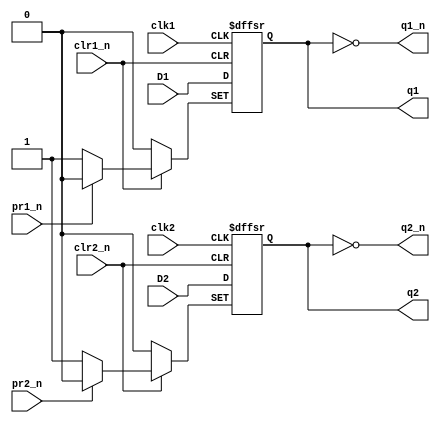
`timescale 1ns / 1ps
/////////////////////////////////////////////////////////////////
// Module Name: d_flipflop_set_reset
// Description: Dual D-Type Positive-edge-triggered Flip-Flops with Preset, Clear and DELAY configuration parameter
// Parameters: DELAY
/////////////////////////////////////////////////////////////////

module d_flipflop_set_reset #(parameter DELAY = 10)(
    input wire clk1,pr1_n,clr1_n,D1,
    input wire clk2,pr2_n,clr2_n,D2,
    output wire q1,
    output wire q1_n,
    output wire q2,
    output wire q2_n
    );
    
	reg q1_reg;
	reg q2_reg;
	
    always@(posedge clk1,negedge pr1_n,negedge clr1_n)
        if(pr1_n == 0)
            q1_reg <= 1;
        else if(clr1_n == 0)
            q1_reg <= 0;
        else
            q1_reg <= D1;
    
    always@(posedge clk2,negedge pr2_n,negedge clr2_n)
        if(pr2_n == 0)
            q2_reg <= 1;
        else if(clr2_n == 0)
            q2_reg <= 0;
        else
            q2_reg <= D2;
    
	assign #DELAY q1 = q1_reg;
    assign #DELAY q1_n = ~q1_reg;
	assign #DELAY q2 = q2_reg;
    assign #DELAY q2_n = ~q2_reg;
    
endmodule